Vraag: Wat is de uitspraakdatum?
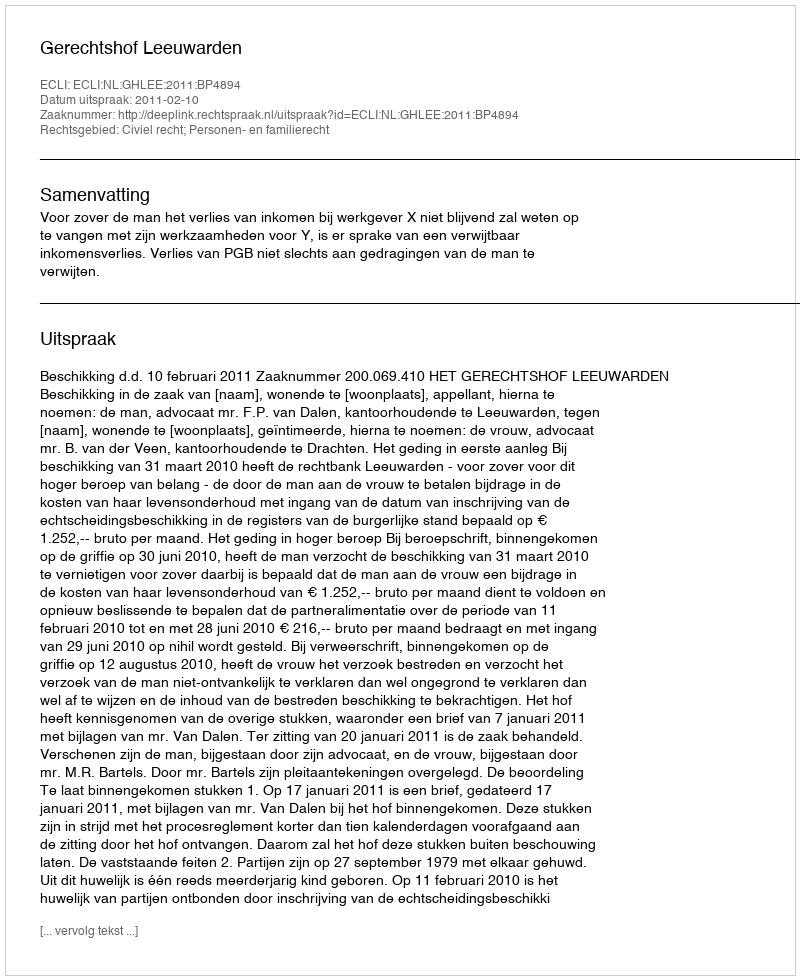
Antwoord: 2011-02-10